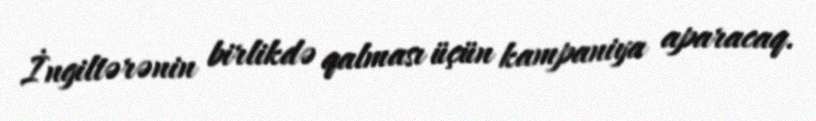
İngiltərənin birlikdə qalması üçün kampaniya aparacaq.